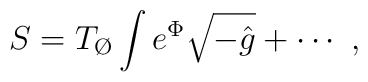
S = T_{\O} \int e^{\Phi} \sqrt{-\hat g} + \cdots\ ,